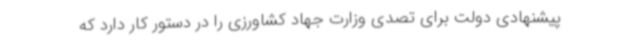
پیشنهادی دولت برای تصدی وزارت جهاد کشاورزی را در دستور کار دارد که